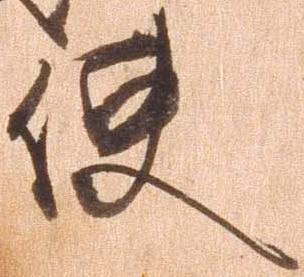
使